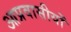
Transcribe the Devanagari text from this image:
आप्रवासीयों